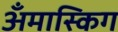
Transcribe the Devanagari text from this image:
अँमास्किग